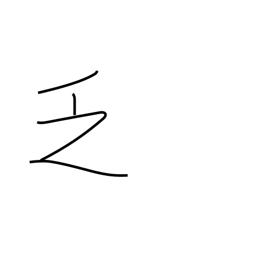
Meaning: scarce